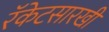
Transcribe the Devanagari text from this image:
रॅकेटसारखी